Civil Veterinary Department. Madras. Admin. report 1926-33 - 1926-1933
Year: 1926
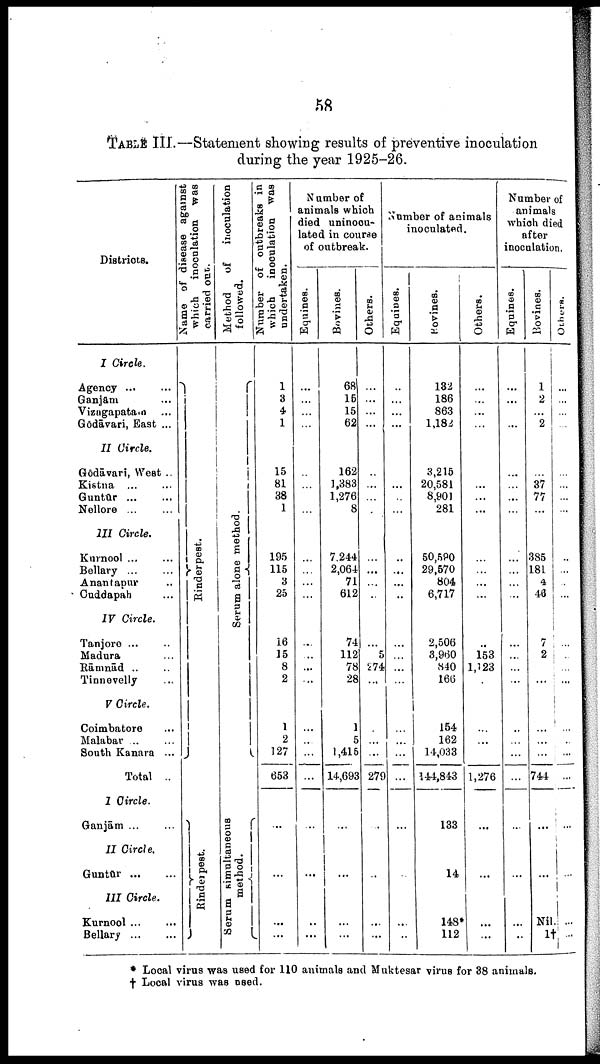
58
TABLE III.—Statement showing results of preventive inoculation
during the year 1925-26.
Districts.
I Circle.
Agency ... ...
Ganjām ...
Vizagapataia ...
Godāvari, East ...
II Circle.
Godāvari, West ..
Kistna ... ...
Guntūr
...
...
Nellore ... ...
III Circle.
Kurnool ... ...
Bellary
...
...
Anantapur ...
Guddapah ...
IV Circle.
Tanjoro ... ...
Madura
Rāmnād .. ..
Tinnovelly ...
V Circle.
Coimbatore ...
Malabar .. ...
South Kanara ...
Total ..
I Circle.
Ganjām
...
..
II Circle.
Guntūr
...
...
III Circle.
Kurnool ... ...
Bellary
...
...
Name of disease against
which inoculation was
carried out.
Rinderpest.
Rinderpest.
Method of
inoculation
followed.
Se r
um alone method.
Serum simultaneous
method.
Number of outbreaks in
which
inoculation was
undertaken.
1
3
4
1
15
81
38
1
195
115
3
25
16
15
8
2
1
2
127
653
...
...
...
Number of
animals which
died uninocu-
lated in course
of outbreak.
Eqnines.
...
...
...
...
...
...
...
...
...
...
...
...
...
...
...
...
...
...
...
...
...
..
...
Bovines.
68
15
15
62
162
1,383
1,276
8
7.244
2,064
71
612
74
112
78
28
1
5
1,415
14,693
...
...
...
...
Others.
...
...
...
...
...
...
...
...
...
...
...
...
...
5
274
...
...
...
...
279
...
..
...
...
Number of animals
inoculated.
Equines.
...
...
...
...
...
...
...
...
..
...
...
...
...
...
...
...
...
...
...
...
...
...
..
Bovines.
132
186
863
1,184
3,215
20,581
8,901
281
50,580
29,570
804
6,717
2,506
3,960
840
166
154
162
14,033
144,843
133
14
148
112
Others.
...
...
...
...
...
...
...
...
...
...
...
...
...
153
1,123
...
...
...
...
1,276
...
...
...
...
Number of
animals
which died
after
inoculation.
Equines.
...
...
...
...
...
...
...
...
...
...
...
...
...
...
...
...
...
...
...
...
...
...
...
..
Bovines.
1
2
...
2
...
37
77
...
385
181
4
46
7
2
...
...
...
...
...
744
...
...
Nil
1†
Others.
...
...
...
...
...
...
...
...
...
.....
...
...
...
...
...
...
...
...
...
...
...
...
...
* Local virus was used for 110 animals and Muktesar virus for 38 animals.
† Local virus was used.